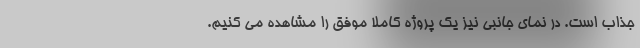
جذاب است. در نمای جانبی نیز یک پروژه کاملا موفق را مشاهده می کنیم.